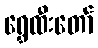
ရွှေထီးတော်